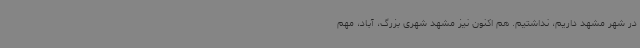
در شهر مشهد داریم، نداشتیم. هم اکنون نیز مشهد شهری بزرگ، آباد، مهم